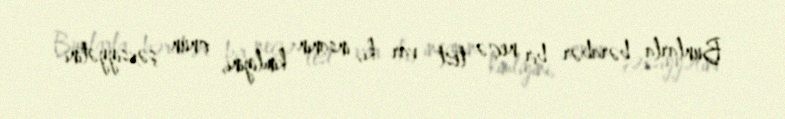
Bunlarla bərabər bir neçə test var ki, insanın kimliyini, onun şəxsiyyətini